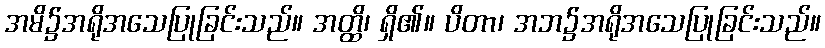
အမိ၌အရိုအသေပြုခြင်းသည်။ အတ္ထိ၊ ရှိ၏။ ပိတာ၊ အဘ၌အရိုအသေပြုခြင်းသည်။